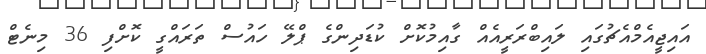
އައިޖީއެމްއެޗުގައި ލައިބްރަރީއެއް ގާއިމުކޮށް ކުޑަދިންގެ ޕްލޭ ހައުސް ތަރައްގީ ކޮށްފި 36 މިނެޓް